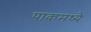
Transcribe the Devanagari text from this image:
पाकमध्ये